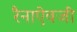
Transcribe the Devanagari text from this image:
रैनाऐवजी